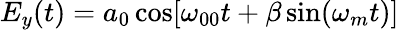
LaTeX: E_{y}(t)=a_{0}\cos[\omega_{00}t+\beta\sin(\omega_{m}t)]